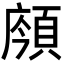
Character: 𩒯